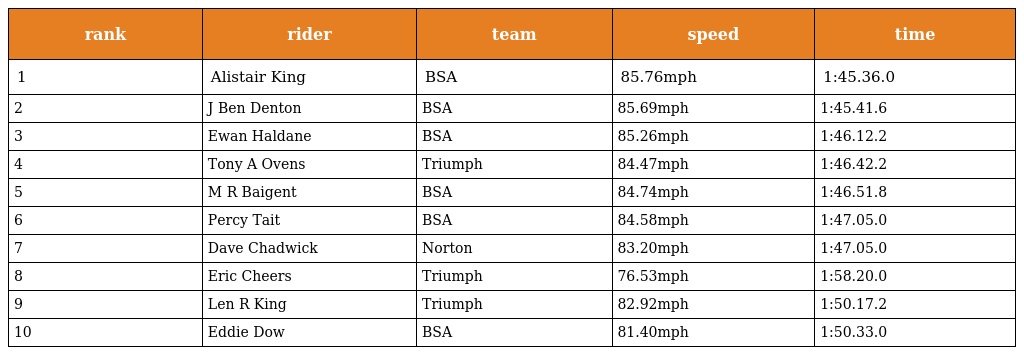
| rank | rider | team | speed | time |
 | --- | --- | --- | --- | --- |
 | 1 | Alistair King | BSA | 85.76mph | 1:45.36.0 |
 | 2 | J Ben Denton | BSA | 85.69mph | 1:45.41.6 |
 | 3 | Ewan Haldane | BSA | 85.26mph | 1:46.12.2 |
 | 4 | Tony A Ovens | Triumph | 84.47mph | 1:46.42.2 |
 | 5 | M R Baigent | BSA | 84.74mph | 1:46.51.8 |
 | 6 | Percy Tait | BSA | 84.58mph | 1:47.05.0 |
 | 7 | Dave Chadwick | Norton | 83.20mph | 1:47.05.0 |
 | 8 | Eric Cheers | Triumph | 76.53mph | 1:58.20.0 |
 | 9 | Len R King | Triumph | 82.92mph | 1:50.17.2 |
 | 10 | Eddie Dow | BSA | 81.40mph | 1:50.33.0 |